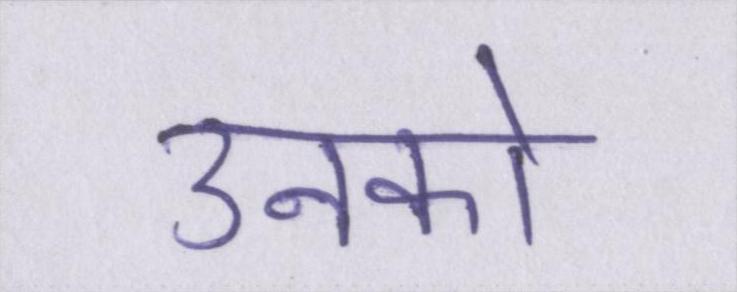
उनको